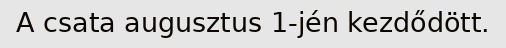
A csata augusztus 1-jén kezdődött.